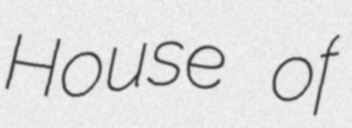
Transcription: House of